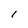
Character: 1